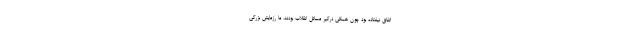
اتفاق نیفتاده بود چون همگی درگیر مسائل انقلاب بودند. ما رزمایش بزرگی